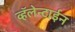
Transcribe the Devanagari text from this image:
व्हॅलेन्टाईन